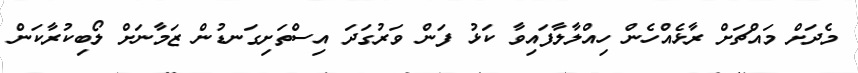
މެދަށް މައްޗަށް ރާޅެއްހެން ހިއްލާލާފައިވާ ކަޅު ފަން ވަރުގަދަ އިސްތަށިގަނޑުން ޒަމާނަށް ލޯބިކުރާކަން